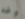
وغد